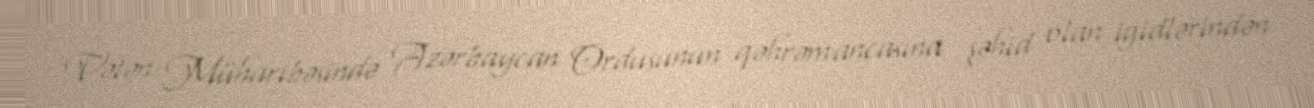
Vətən Müharibəsində Azərbaycan Ordusunun qəhrəmancasına şəhid olan igidlərindən